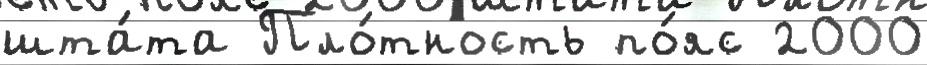
шта́та Пло́тность по́яс 2000